Report on vaccination North-West Frontier Province 1904-1922 - 1904-1922
Year: 1904
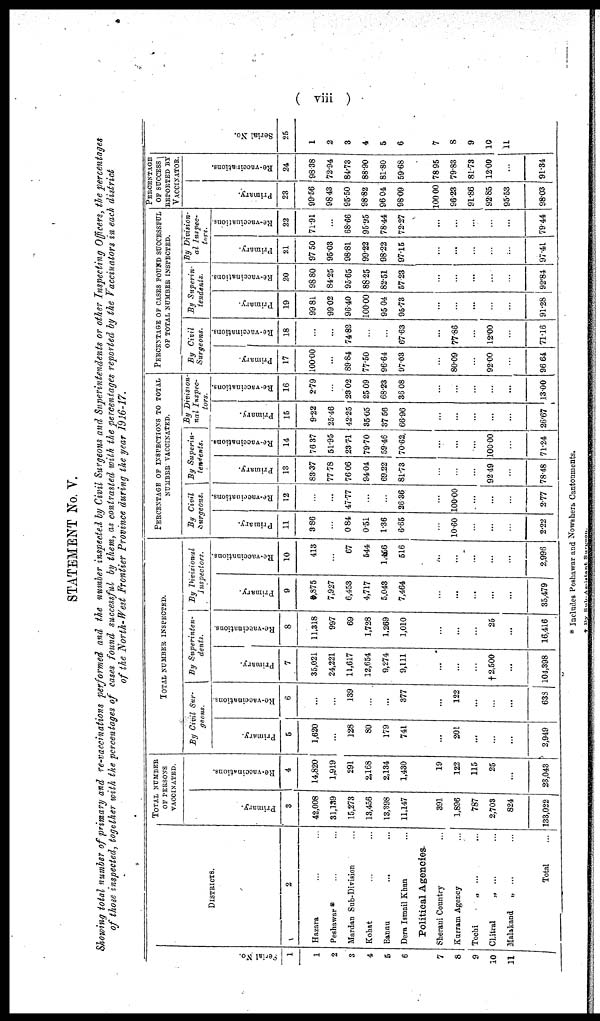
( viii )
STATEMENT No. V.
Showing total number of primary and re-vaccinations performed and the number inspected by Civil Surgeons and Superintendents or other Inspecting Officers, the percentages
of those inspected, together with the percentages of cases found successful by them, as contrasted with the percentages reported by the Vaccinators in each district
of the North-West Frontier Province during the year 1916-17.
Serial No.
1
1
2
3
4
5
6
7
8
9
10
11
DISTRICTS.
2
Hazara ... ...
Peshawar * ... ...
Mardan Sub-Division ...
Kohat ... ...
Bannu ... ...
Dera Ismail Khan ...
Political Agencies
Sherani Country
...
Kurram Agency ...
Tochi „ ... ...
Chitral
„ ... ...
Malakand
„ ... ...
Total ...
TOTAL NUMBER
OF PERSONS
VACCINATED.
Primary.
3
42,008
31,139
15,273
13,456
13,398
11,147
391
1,896
787
2,703
824
133,022
Re-vaccinations.
4
14,820
1,919
291
2,168
2,134
1,430
19
122
115
25
...
23,043
TOTAL NUMBER INSPECTED.
By Civil Sur-
geons.
Primary.
5
1,620
...
128
80
179
741
...
201
...
...
...
2,949
Re-vaccinations.
6
...
...
139
...
...
377
...
122
...
...
...
638
By Superinten-
dents.
Primary.
7
35,021
24,221
11,617
12,654
9,274
9,111
...
...
...
† 2,500
...
104,398
Re-vaccinations.
8
11,318
967
69
1,728
1,269
1,010
...
...
...
25
...
16,416
By Divisional
Inspectors.
Primary.
9
8,875
7,927
6,453
4,717
5,043
7,464
...
...
...
...
...
35,479
Re-vaccinations.
10
413
...
67
544
1.456
516
...
...
...
...
...
2,996
PERCENTAGE OF INSPECTIONS TO TOTAL
NUMBER VACCINATED.
By Civil
Surgeons.
Primary.
11
3.86
...
0.84
0.51
1.36
6.65
...
10.60
...
...
...
2.22
Re-vaccinations.
12
...
...
47.77
...
...
26.36
...
100.00
...
...
...
2.77
By Superin¬
tendents.
Primary.
13
83.37
77.78
76.06
94.04
69.22
81.73
...
...
...
92.49
...
78.48
Re-vaccinations.
14
76.37
51.95
23.71
79.70
59.46
70.62
...
...
...
100.00
...
71.24
By Division¬
nal Inspec-
tors.
Primary.
15
9.22
25.46
42.25
35.05
37.56
66.96
...
...
...
...
...
26.67
Re-vaccinations.
16
2.79
...
23.02
25.09
68.23
36.08
...
...
...
...
...
13.00
PERCENTAGE OF CASES FOUND SUCCESSFUL
OF TOTAL NUMBER INSPECTED.
By Civil
Surgeons.
Primary.
17
100.00
...
89.84
77.50
96.64
97.03
...
80.09
...
92.00
...
96.64
Re-vaccinations.
18
...
...
74.82
...
...
67.63
...
77.86
...
12.00
...
71.16
By Superin-
tendents.
Primary.
19
99.81
99.02
96.40
100.00
95.04
95.73
...
...
...
...
...
91.28
Re-vaccinations.
20
98.80
84.25
95.65
88.25
82.51
57.23
...
...
...
...
...
92.84
By Division-
al Inspec-
tors.
Primary.
21
97.50
95.03
98.81
99.22
98.22
97.15
...
...
...
...
...
97.41
Re-vaccinations.
22
71.91
...
68.66
95.95
78.44
72.27
...
...
...
...
...
79.44
PERCENTAGE
OF SUCCESS
REPORTED BY
VACCINATOR.
Primary.
23
99.56
98.43
95.50
98.82
96.04
98.09
100.00
96.23
91.86
92.85
95.53
98.03
Re-vaccinations.
24
98.38
72.94
84.73
88.90
81.80
59.68
78.95
79.83
81.73
12.00
...
91.34
Serial No.
25
1
2
3
4
5
6
7
8
9
10
11
* Includes Peshawar and Nowshera Cantonments.
† By Sub-Assistant Surgeon.